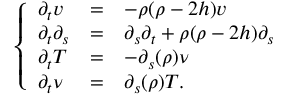
\left\{ \begin{array} { l c l } { \partial _ { t } v } & { = } & { - \rho ( \rho - 2 h ) v } \\ { \partial _ { t } \partial _ { s } } & { = } & { \partial _ { s } \partial _ { t } + \rho ( \rho - 2 h ) \partial _ { s } } \\ { \partial _ { t } T } & { = } & { - \partial _ { s } ( \rho ) \nu } \\ { \partial _ { t } \nu } & { = } & { \partial _ { s } ( \rho ) T . } \end{array} \right.